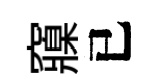
䆿已